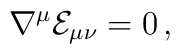
\nabla^\mu{\cal E}_{\mu\nu}=0\,,